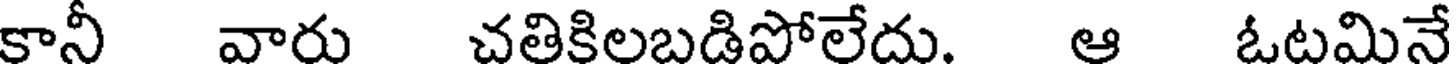
కానీ వారు చతికిలబడిపోలేదు. ఆ ఓటమినే